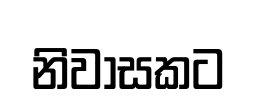
නිවාසකට